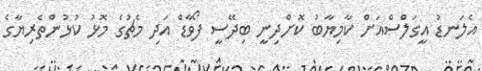
އެލަނޑު އީގަލްސްއަށް ކާމިޔާބު ކޮށްދިނީ ބިދޭސީ ފޯވާޑް އަދި މެޗުގެ މޮޅު ކުޅުންތެރިޔާގެ